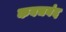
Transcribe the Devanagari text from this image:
कवचबंद